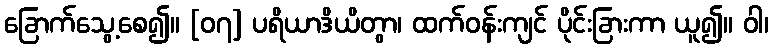
ခြောက်သွေ့စေ၍။ [၀၇] ပရိယာဒိယိတွာ၊ ထက်ဝန်းကျင် ပိုင်းခြားကာ ယူ၍။ ဝါ၊